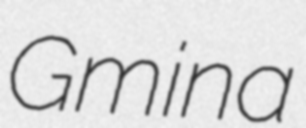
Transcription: Gmina